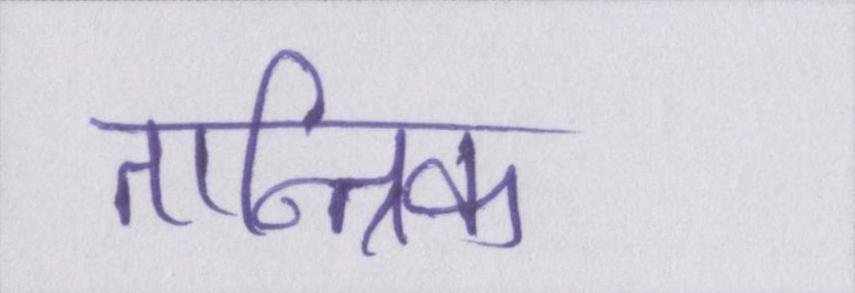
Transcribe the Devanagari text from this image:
तान्त्रिक